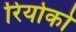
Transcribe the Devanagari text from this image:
रियोको